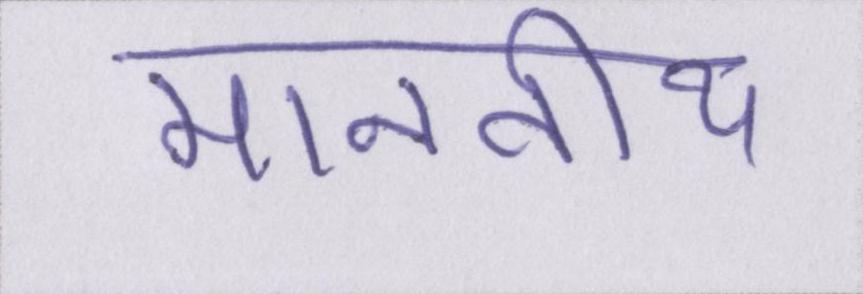
माननीय